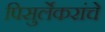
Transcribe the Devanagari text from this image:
पिसुर्लेकरांचे